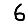
Digit: 6